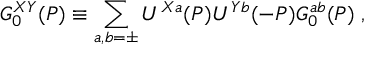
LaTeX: { G } _ { 0 } ^ { X Y } ( P ) \equiv \sum _ { a , b = \pm } U ^ { X a } ( P ) U ^ { Y b } ( - P ) G _ { 0 } ^ { a b } ( P ) \; ,